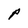
Character: P